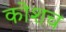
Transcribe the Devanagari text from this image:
कोशच